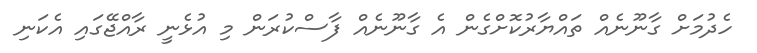
ހެދުމަށް ގާނޫނެއް ތައްޔާރުކޮށްގެން އެ ގާނޫނެއް ފާސްކުރަން މި އުޅެނީ ރާއްޖޭގައި އެކަނި